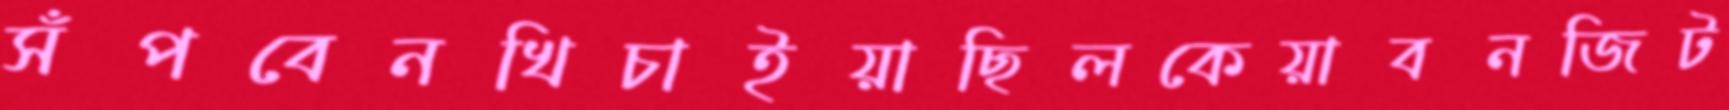
সঁপবেনখিচাইয়াছিলকেয়াবনজিট